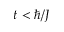
t < \hbar / J